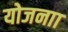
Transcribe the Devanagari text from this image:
योजनाा